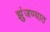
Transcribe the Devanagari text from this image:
झुंजण्यात